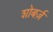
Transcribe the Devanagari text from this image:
शोबर्ज़